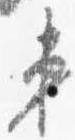
第